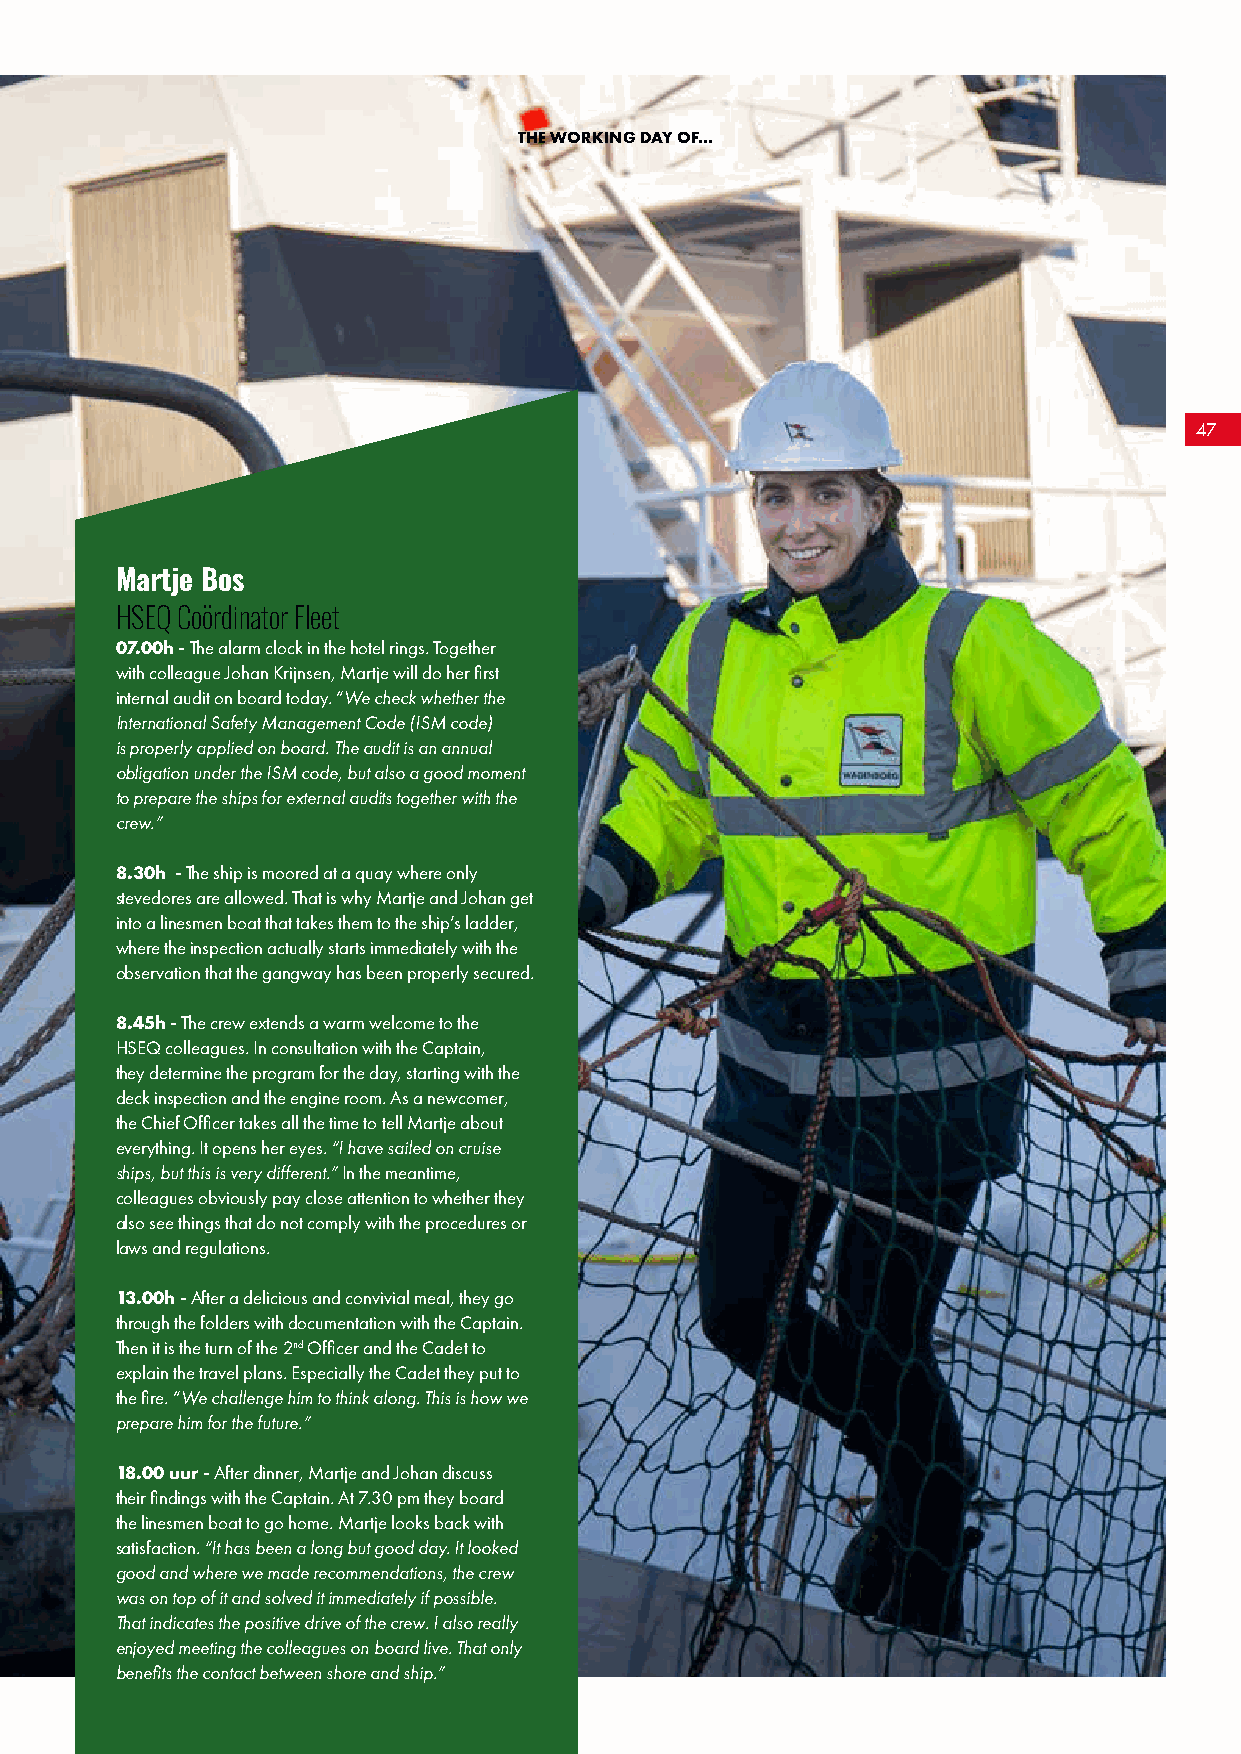
THE WORKING DAY OF...
 47
 Martje Bos
 HSEQ Coördinator Fleet
 07.00h - The alarm clock in the hotel rings. Together
 with colleague Johan Krijnsen, Martje will do her first
 internal audit on board today. “We check whether the
 International Safety Management Code (ISM code)
 is properly applied on board. The audit is an annual
 obligation under the ISM code, but also a good moment
 to prepare the ships for external audits together with the
 crew.”
 8.30h - The ship is moored at a quay where only
 stevedores are allowed. That is why Martje and Johan get
 into a linesmen boat that takes them to the ship’s ladder,
 where the inspection actually starts immediately with the
 observation that the gangway has been properly secured.
 8.45h - The crew extends a warm welcome to the
 HSEQ colleagues. In consultation with the Captain,
 they determine the program for the day, starting with the
 deck inspection and the engine room. As a newcomer,
 the Chief Officer takes all the time to tell Martje about
 everything. It opens her eyes. “I have sailed on cruise
 ships, but this is very different.” In the meantime,
 colleagues obviously pay close attention to whether they
 also see things that do not comply with the procedures or
 laws and regulations.
 13.00h - After a delicious and convivial meal, they go
 through the folders with documentation with the Captain.
 Then it is the turn of the 2nd Officer and the Cadet to
 explain the travel plans. Especially the Cadet they put to
 the fire. “We challenge him to think along. This is how we
 prepare him for the future.”
 18.00 uur - After dinner, Martje and Johan discuss
 their findings with the Captain. At 7.30 pm they board
 the linesmen boat to go home. Martje looks back with
 satisfaction. “It has been a long but good day. It looked
 good and where we made recommendations, the crew
 was on top of it and solved it immediately if possible.
 That indicates the positive drive of the crew. I also really
 enjoyed meeting the colleagues on board live. That only
 benefits the contact between shore and ship.”